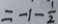
= - 1 - \frac { 1 } { 2 }